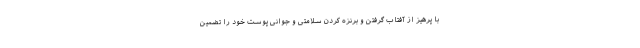
با پرهیز از آفتاب گرفتن و برنزه کردن سلامتی و جوانی پوست خود را تضمین